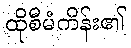
ထိုစီမံကိန်း၏